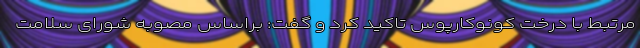
مرتبط با درخت کونوکارپوس تاکید کرد و گفت: براساس مصوبه شورای سلامت